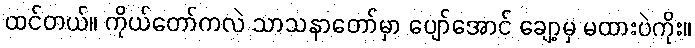
ထင်တယ်။ ကိုယ်တော်ကလဲ သာသနာတော်မှာ ပျော်အောင် ချော့မှ မထားပဲကိုး။